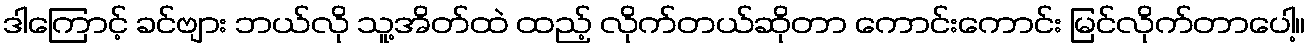
ဒါကြောင့် ခင်ဗျား ဘယ်လို သူ့အိတ်ထဲ ထည့် လိုက်တယ်ဆိုတာ ကောင်းကောင်း မြင်လိုက်တာပေါ့။